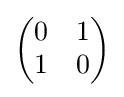
{\begin{pmatrix}0&1\\1&0\end{pmatrix}}